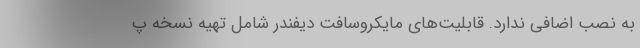
به نصب اضافی ندارد. قابلیت‌های مایکروسافت دیفندر شامل تهیه نسخه پ